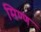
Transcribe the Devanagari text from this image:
मिण्ण